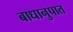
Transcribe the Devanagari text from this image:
बाधानुपात